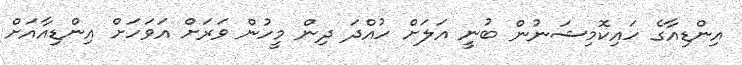
އިންޑިއާގެ ހައިކޮމިޝަނުން ބުނީ އަލަށް ހުއްދަ ދިން މީހުން ވަރަށް އަވަހަށް އިންޑިއާއަށް